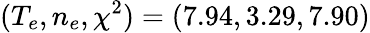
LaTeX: (T_{e},n_{e},\chi^{2})=(7.94,3.29,7.90)